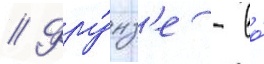
// Фру́нз'е - во́